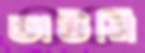
ডাউরি